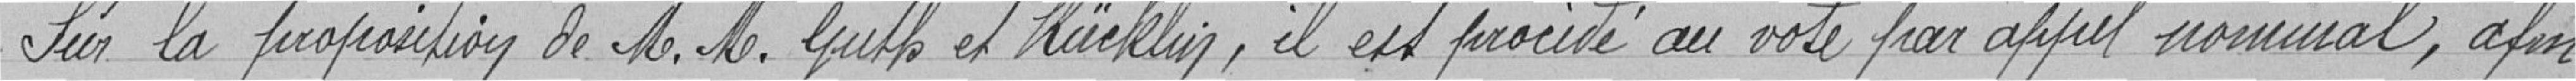
Sur la proposition de M.M. Guth et Ruecklin, il est procédé au vote par appel nominal, afin